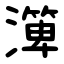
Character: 㵺